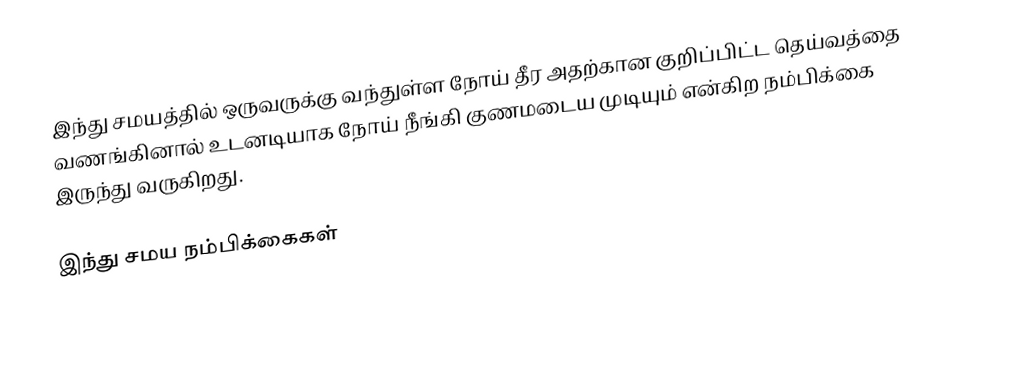
இந்து சமயத்தில் ஒருவருக்கு வந்துள்ள நோய் தீர அதற்கான குறிப்பிட்ட தெய்வத்தை வணங்கினால் உடனடியாக நோய் நீங்கி குணமடைய முடியும் என்கிற நம்பிக்கை இருந்து வருகிறது.

இந்து சமய நம்பிக்கைகள்